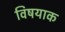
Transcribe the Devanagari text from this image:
विषयाक